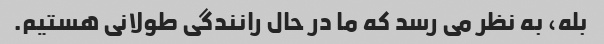
بله، به نظر می رسد که ما در حال رانندگی طولانی هستیم.